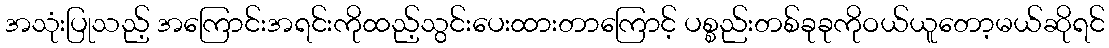
အသုံးပြုသည့် အကြောင်းအရင်းကိုထည့်သွင်းပေးထားတာကြောင့် ပစ္စည်းတစ်ခုခုကိုဝယ်ယူတော့မယ်ဆိုရင်